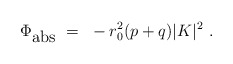
\begin{align*}\Phi_{\mbox{abs}}~=~-r_{0}^{2}(p+q) |K|^{2}~.\end{align*}